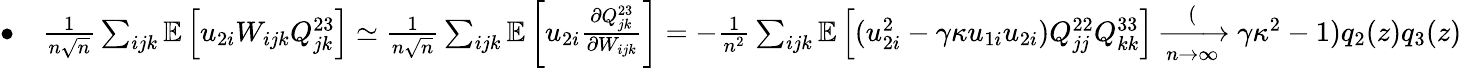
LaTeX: \begin{array}{r}{\bullet\quad\frac{1}{n\sqrt n}\sum_{ijk}\mathbb{E}\left[u_{2i}W_{ijk}Q_{jk}^{23}\right]\simeq\frac{1}{n\sqrt n}\sum_{ijk}\mathbb{E}\left[u_{2i}\frac{\partial Q_{jk}^{23}}{\partial W_{ijk}}\right]=-\frac{1}{n^{2}}\sum_{ijk}\mathbb{E}\left[(u_{2i}^{2}-\gamma\kappa u_{1i}u_{2i})Q_{jj}^{22}Q_{kk}^{33}\right]\xrightarrow[n\to\infty](\gamma\kappa^{2}-1)q_{2}(z)q_{3}(z)}\end{array}